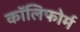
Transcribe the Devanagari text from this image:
कॉलिफोर्म